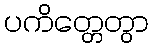
ပကိတ္တေတွာ